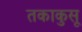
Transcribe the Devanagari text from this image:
तकाकुसू